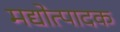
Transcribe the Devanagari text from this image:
मद्योत्पादक